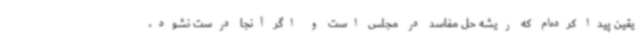
یقین پیدا کرده‌ام که ریشه حل مفاسد در مجلس است و اگر آنجا درست نشود،